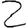
Digit: 2